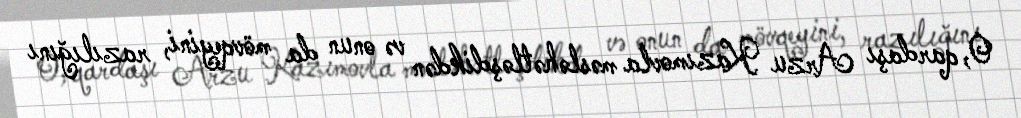
O, qardaşı Arzu Kazımovla məsləhətləşdikdən və onun da mövqeyini, razılığını